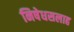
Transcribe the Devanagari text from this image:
निषेधसलाह